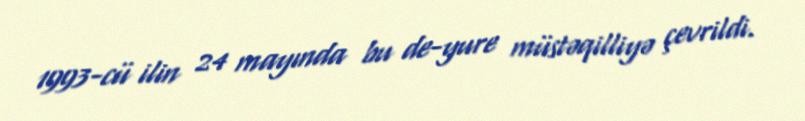
1993-cü ilin 24 mayında bu de-yure müstəqilliyə çevrildi.